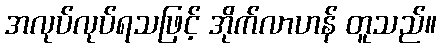
အလုပ်လုပ်ရသဖြင့် အိုက်လာဟန် တူသည်။